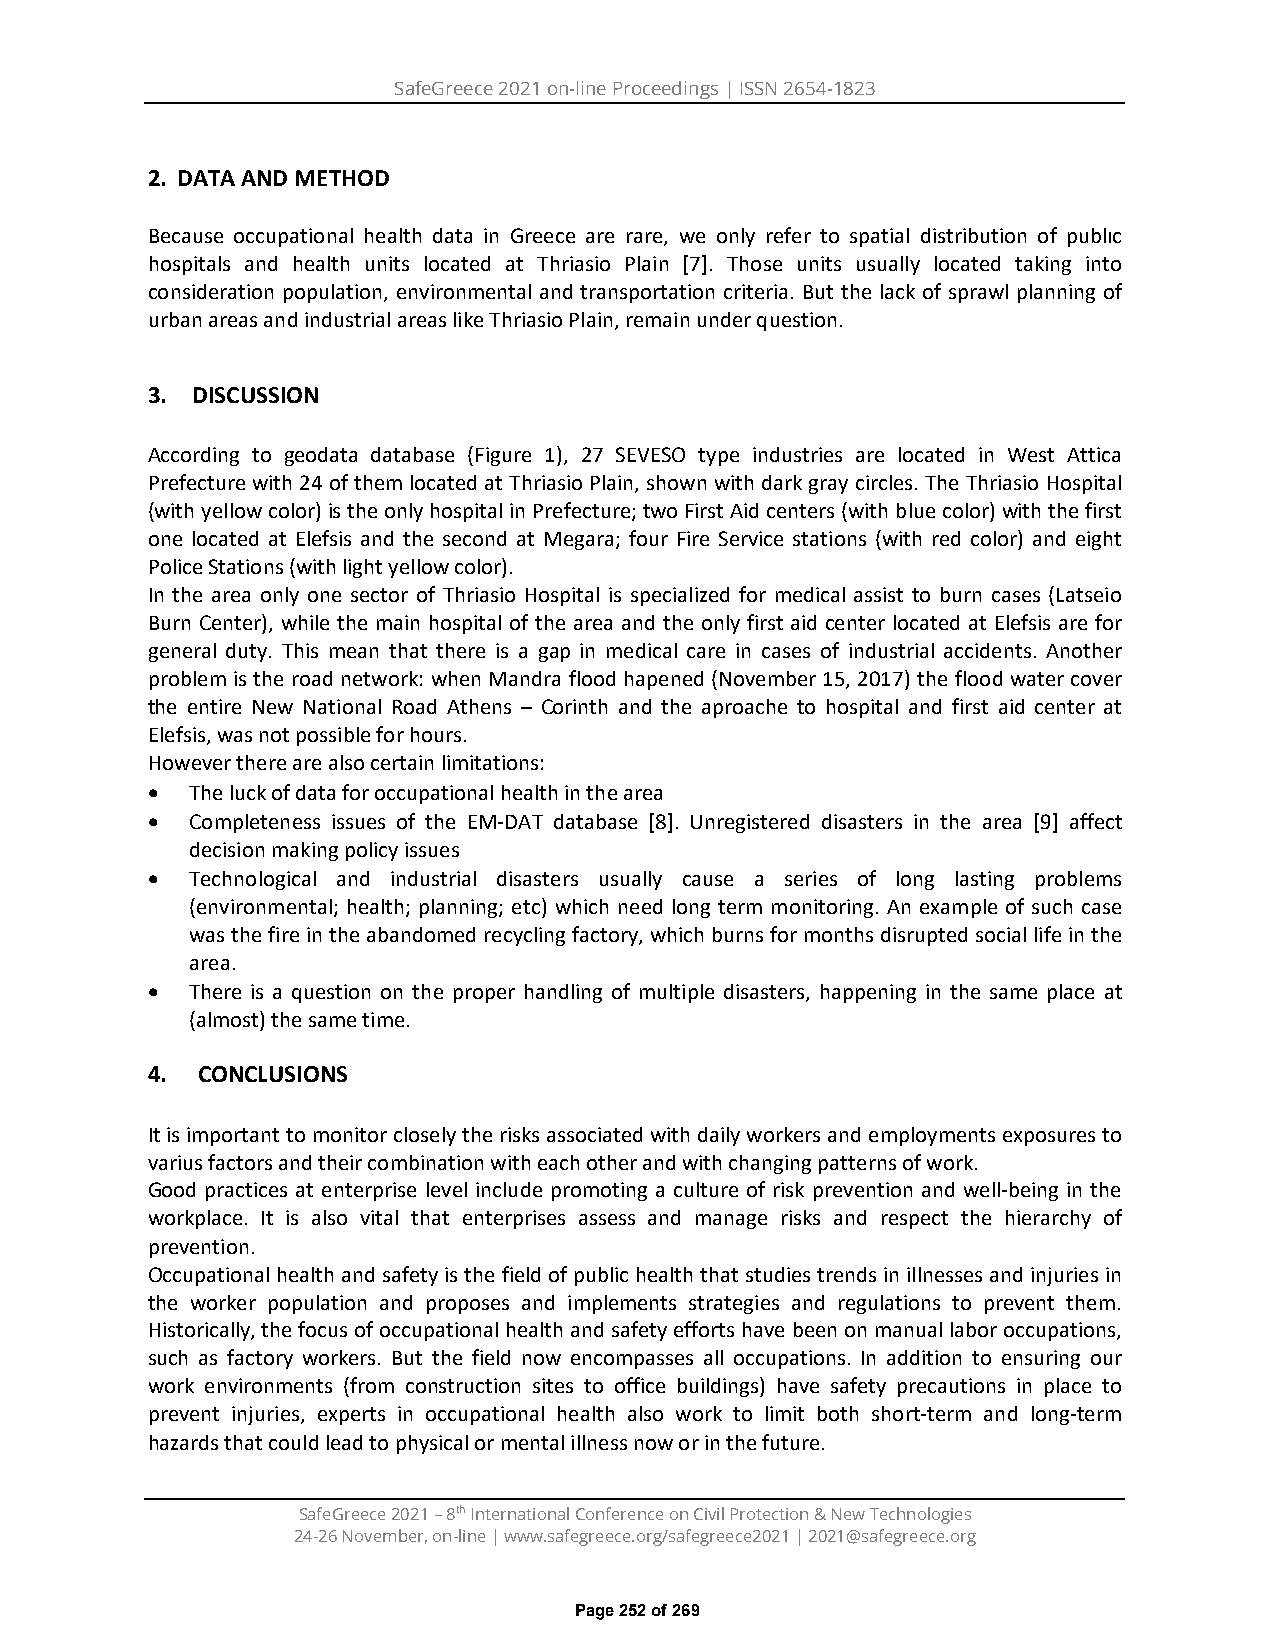
SafeGreece 2021 on-line Proceedings | ISSN 2654-1823
 2. DATA AND METHOD
 Because occupational health data in Greece are rare, we only refer to spatial distribution of publıc
 hospitals and health units located at Thriasio Plain [7]. Those units usually located taking into
 consideration population, environmental and transportation criteria. But the lack of sprawl planning of
 urban areas and industrial areas like Thriasio Plain, remain under question.
 3. DISCUSSION
 According to geodata database (Figure 1), 27 SEVESO type industries are located in West Attica
 Prefecture with 24 of them located at Thriasio Plain, shown with dark gray circles. The Thriasio Hospital
 (with yellow color) is the only hospital in Prefecture; two First Aid centers (with blue color) with the first
 one located at Elefsis and the second at Megara; four Fire Service stations (with red color) and eight
 Police Stations (with light yellow color).
 In the area only one sector of Thriasio Hospital is specialized for medical assist to burn cases (Latseio
 Burn Center), while the main hospital of the area and the only first aid center located at Elefsis are for
 general duty. This mean that there is a gap in medical care in cases of industrial accidents. Another
 problem is the road network: when Mandra flood hapened (November 15, 2017) the flood water cover
 the entire New National Road Athens – Corinth and the aproache to hospital and first aid center at
 Elefsis, was not possible for hours.
 However there are also certain limitations:
 •  The luck of data for occupational health in the area
 •  Completeness issues of the EM-DAT database [8]. Unregistered disasters in the area [9] affect
 decision making policy issues
 •  Technological and industrial disasters usually cause a series of long lasting problems
 (environmental; health; planning; etc) which need long term monitoring. An example of such case
 was the fire in the abandomed recycling factory, which burns for months disrupted social life in the
 area.
 •  There is a question on the proper handling of multiple disasters, happening in the same place at
 (almost) the same time.
 4. CONCLUSIONS
 It is important to monitor closely the risks associated with daily workers and employments exposures to
 varius factors and their combination with each other and with changing patterns of work.
 Good practices at enterprise level include promoting a culture of risk prevention and well-being in the
 workplace. It is also vital that enterprises assess and manage risks and respect the hierarchy of
 prevention.
 Occupational health and safety is the field of public health that studies trends in illnesses and injuries in
 the worker population and proposes and implements strategies and regulations to prevent them.
 Historically, the focus of occupational health and safety efforts have been on manual labor occupations,
 such as factory workers. But the field now encompasses all occupations. In addition to ensuring our
 work environments (from construction sites to office buildings) have safety precautions in place to
 prevent injuries, experts in occupational health also work to limit both short-term and long-term
 hazards that could lead to physical or mental illness now or in the future.
 SafeGreece 2021 – 8th International Conference on Civil Protection & New Technologies
 24-26 November, on-line | www.safegreece.org/safegreece2021 | 2021@safegreece.org
 Page 252 of 269